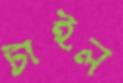
টাইল